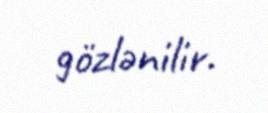
gözlənilir.